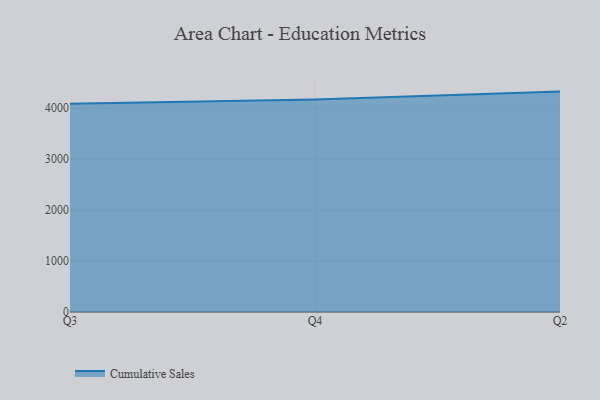
{"axis": {"x": "Quarter", "y": "Temperature (°C)"}, "legend": ["Cumulative Sales"], "data": [{"x": "Q3", "y": 4090.1, "type": "Cumulative Sales"}, {"x": "Q4", "y": 4171.2, "type": "Cumulative Sales"}, {"x": "Q2", "y": 4327.2, "type": "Cumulative Sales"}]}